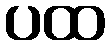
ပထ